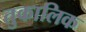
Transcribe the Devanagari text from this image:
तुकालिक